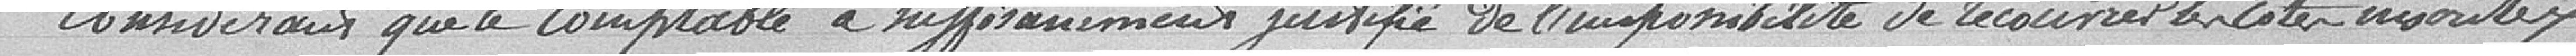
Considérant que le comptable a suffisamment justifié de l'indisponibilité de recouvrer les cotes inscrites